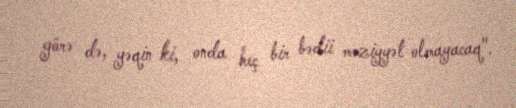
görə də, yəqin ki, onda heç bir bədii məziyyət olmayacaq".